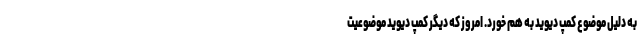
به دلیل موضوع کمپ دیوید به هم خورد. امروز که دیگر کمپ دیوید موضوعیت